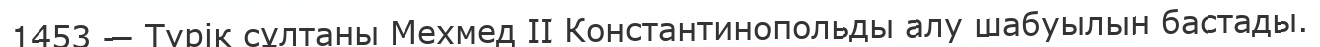
1453 — Түрік сұлтаны Мехмед II Константинопольды алу шабуылын бастады.